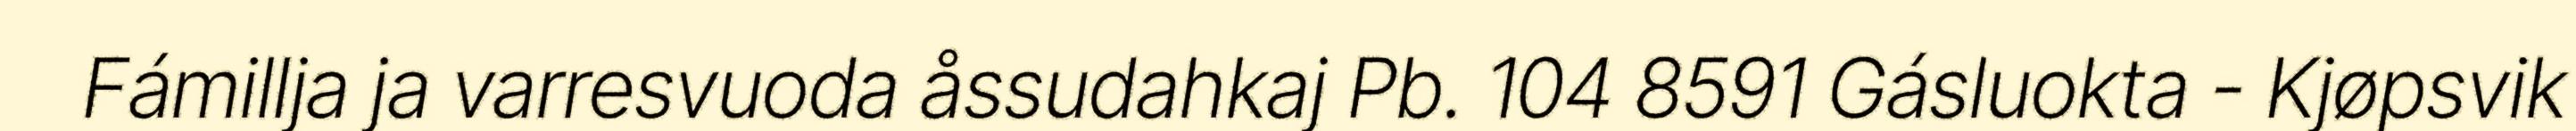
Fámillja ja varresvuoda åssudahkaj Pb. 104 8591 Gásluokta - Kjøpsvik